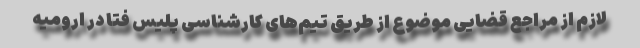
لازم از مراجع قضایی موضوع از طریق تیم‌های کارشناسی پلیس فتا در ارومیه